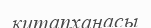
китапханасы